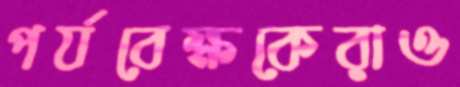
পর্যবেক্ষকেরাও